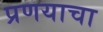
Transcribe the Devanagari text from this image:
प्रणयाचा